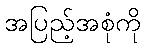
အပြည့်အစုံကို